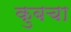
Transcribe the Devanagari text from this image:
कुबचा